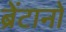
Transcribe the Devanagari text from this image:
ब्रेंटानो